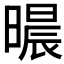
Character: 𣊐